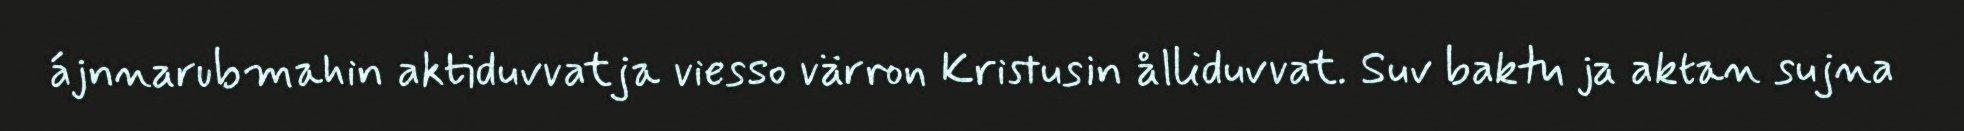
ájnnarubmahin aktiduvvatja viesso värron Kristusin ålliduvvat. Suv baktu ja aktan sujna